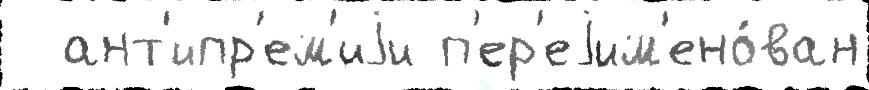
  ант'ипр'ем'иjи п'ер'еjим'ено́ван